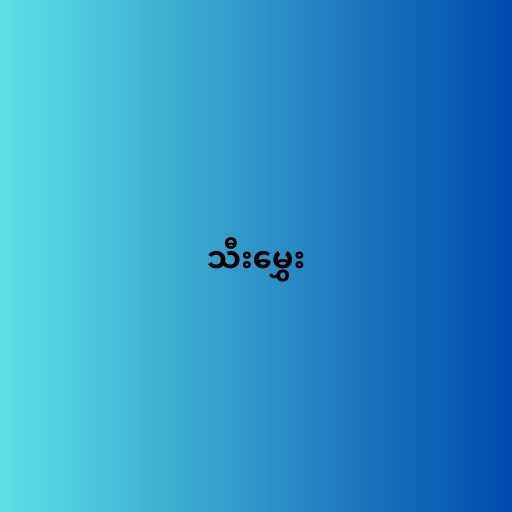
သီးမွှေး